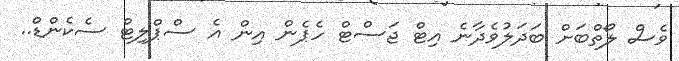
ވެސް ލޯތްބަށް ބަދަލުވެދާނެ އިޓް ޖަސްޓް ހެޕެން އިން އެ ސްޕްލިޓް ސެކެންޑް..